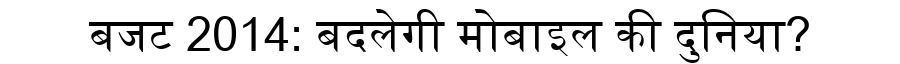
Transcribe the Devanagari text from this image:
बजट 2014: बदलेगी मोबाइल की दुनिया?